Scottish Leaving Certificate Examination, 1954
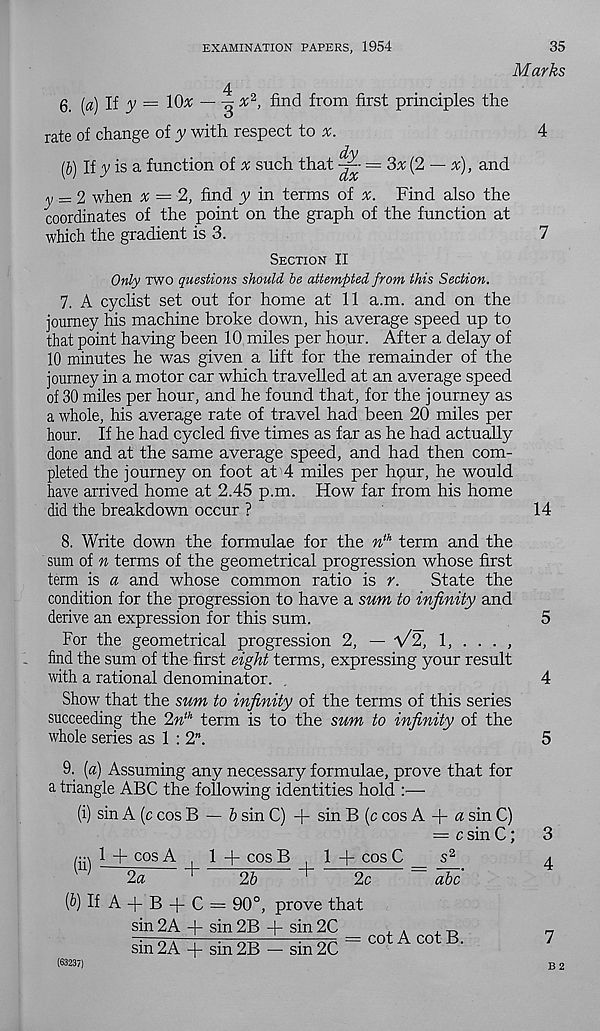
EXAMINATION PAPERS, 1954
35
Marks
4
6. (a) li y = 10* — g x 2 , find from first principles the
rate of change of y with respect to
4
dv
(b) If y is a function of ^ such that ~ = 3x(2 — %), and
y = 2 when x = 2, find y in terms of x. Find also the
coordinates of the point on the graph of the function at
which the gradient is 3.
7
Section II
Only two questions should he attempted from this Section.
7. A cyclist set out for home at 11 a.m. and on the
journey his machine broke down, his average speed up to
that point having been 10 miles per hour. After a delay of
10 minutes he was given a lift for the remainder of the
journey in a motor car which travelled at an average speed
of 30 miles per hour, and he found that, for the journey as
a whole, his average rate of travel had been 20 miles per
hour. If he had cycled five times as far as he had actually
done and at the same average speed, and had then com-
pleted the journey on foot at 4 miles per hour, he would
have arrived home at 2.45 p.m. How far from his home
did the breakdown occur ?
14
8. Write down the formulae for the n th term and the
sum of n terms of the geometrical progression whose first
term is a and whose common ratio is r.
State the
condition for the progression to have a sum to infinity and
derive an expression for this sum.
5
For the geometrical progression 2, — V2, 1, . . . ,
- find the sum of the first eight terms, expressing your result
with a rational denominator.
4
Show that the sum to infinity of the terms of this series
succeeding the 2n th term is to the sum to infinity of the
whole series as 1:2".
5
9. [a) Assuming any necessary formulae, prove that for
a triangle ABC the following identities hold :—
(i) sin A (c cos B — 5 sin C) + sin B (c cos A + sin C)
= c sin C;
1_+ cos A ! 1 + cos B , 1 + cos C
s 2
U
2a
^
26
’ + '
2c
~ Wc
(6) If A + B -|- C = 90°, prove that
sin 2A -f- sin 2B + sin 2C
, .
, „
—■ 0 v : 7—_^
7—^ = cot A cot B.
sm 2A + sm 2B — sm 2C
3
4
7
(63237)
B 2